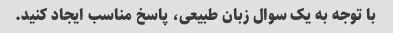
با توجه به یک سوال زبان طبیعی، پاسخ مناسب ایجاد کنید.